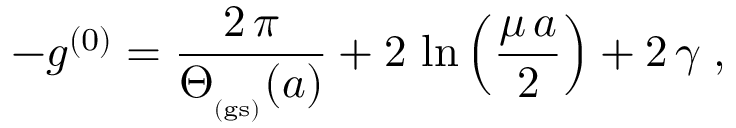
- g ^ { ( 0 ) } = \frac { 2 \, \pi } { \Theta _ { _ \mathrm { ( g s ) } } ( a ) } + 2 \, \ln \left( \frac { \mu \, a } { 2 } \right) + 2 \, \gamma \; ,